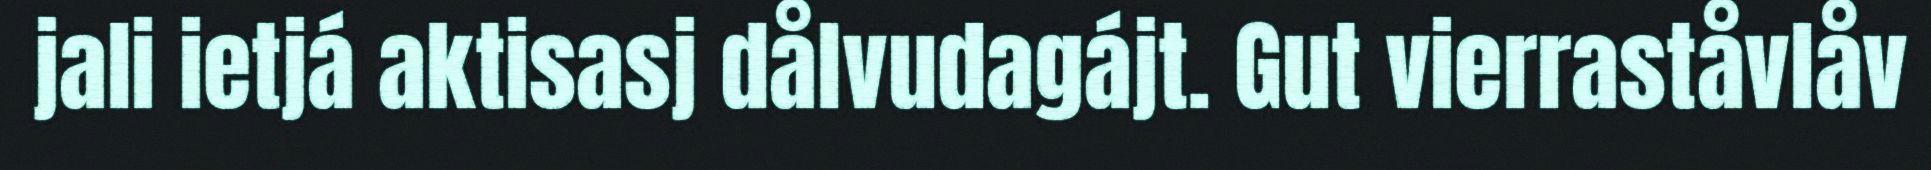
jali ietjá aktisasj dålvudagájt. Gut vierraståvlåv